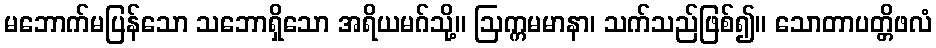
မဘောက်မပြန်သော သဘောရှိသော အရိယမဂ်သို့။ ဩက္ကမမာနာ၊ သက်သည်ဖြစ်၍။ သောတာပတ္တိဖလံ